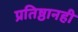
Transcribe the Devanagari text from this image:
प्रतिष्ठानही